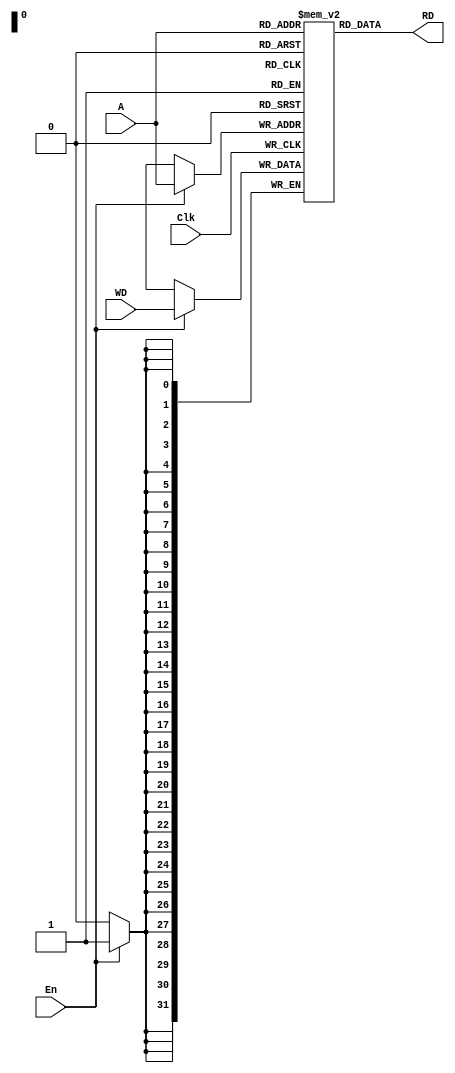
module DataMemory(En,Clk,A,WD,RD);
input En,Clk;
input [31:0]WD;
input [31:0]A;
  output wire [31:0]RD;
reg [31:0]reg_bank[4294967295:0];
assign RD = reg_bank[A];
  always @(posedge Clk) begin
    if(En) begin
        reg_bank[A] <= WD;
    end
end

endmodule